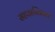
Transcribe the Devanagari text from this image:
सहअस्तितव